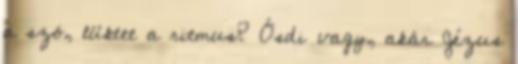
a szó, lüktet a ritmus? Ósdi vagy, akár Jézus